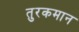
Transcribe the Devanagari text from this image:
तुरकमान